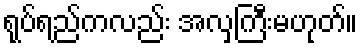
ရုပ်ရည်ကလည်း အလှကြီးမဟုတ်။